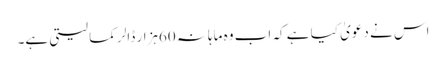
اس نے دعویٰ کیا ہے کہ اب وہ ماہانہ 60ہزار ڈالر کما لیتی ہے۔